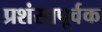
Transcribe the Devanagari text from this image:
प्रशंसापूर्वक